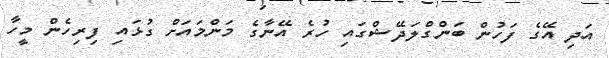
އަދި އޭގެ ފަހުން ބަންގްލަދޭޝްގައި ހުރެ އޭނާގެ މަންމައަށް ގުޅައި ފިރިހެން މީހާ